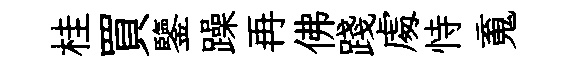
桂買鑒躁再佛踐䖏恃䰟